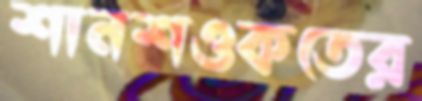
শানশওকতের